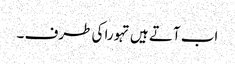
اب آتے ہیں تہورا کی طرف ۔